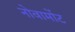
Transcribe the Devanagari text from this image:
नोवामोंट